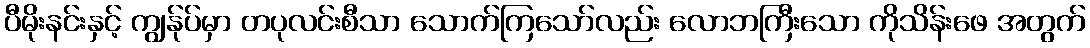
ပီမိုးနင်းနှင့် ကျွန်ုပ်မှာ တပုလင်းစီသာ သောက်ကြသော်လည်း လောဘကြီးသော ကိုသိန်းဖေ အတွက်